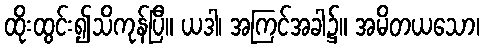
ထိုးထွင်း၍သိကုန်ပြီ။ ယဒါ၊ အကြင်အခါ၌။ အမိတယသော၊